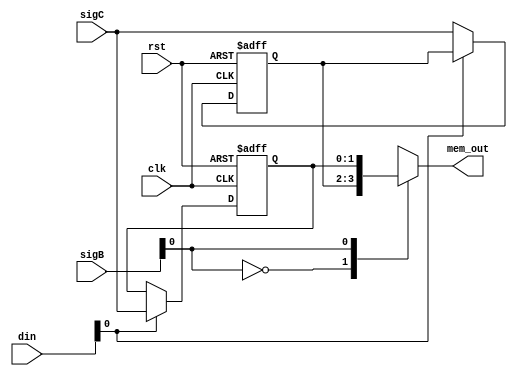
module aep_bounds(input clk,
                  input rst,
                  input [1:0] din,
                  input [2:0] sigB,
                  input [1:0] sigC,
                  output wire [1:0] mem_out);

   wire [1:0]            mem_out_pass;
   reg [1:0]            memA [1:0];
   integer              i;

   assign               mem_out = memA[sigB];
   assign               mem_out_pass = memA[din[0]];
   
   always @(posedge clk or posedge rst)
      if (rst) begin
        for (i=0;i<2;i=i+1) begin
           memA[i] <= 2'b0;
        end
     end else begin
       memA[din] <= sigC;
     end
endmodule